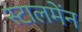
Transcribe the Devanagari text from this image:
स्टालमेंन